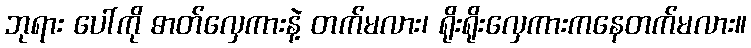
ဘုရား ပေါ်ကို ဓာတ်လှေကားနဲ့ တက်မလား၊ ရိုးရိုးလှေကားကနေတက်မလား။